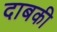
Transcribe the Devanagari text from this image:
दाबकी